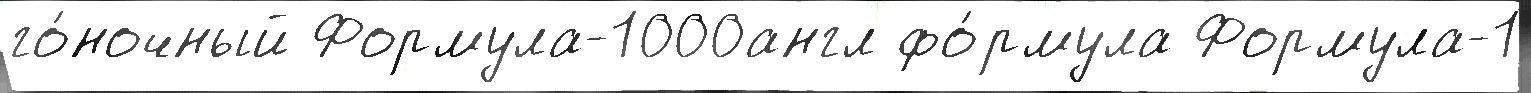
го́ночный Формула-1000англ фо́рмула Формула-1